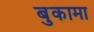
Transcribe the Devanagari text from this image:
बुकामा